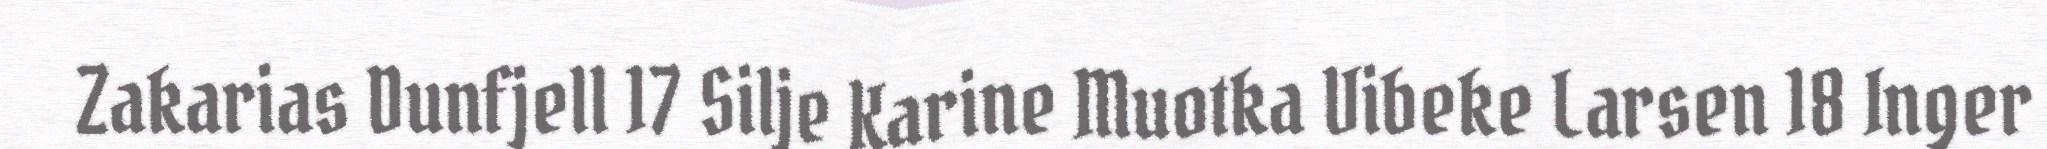
Zakarias Dunfjell 17 Silje Karine Muotka Vibeke Larsen 18 Inger